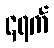
၄ရက်